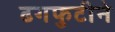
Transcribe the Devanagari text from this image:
ढगफुटीने